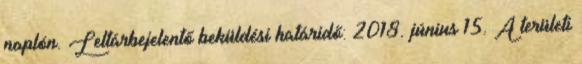
naplón. Leltárbejelentő beküldési határidő: 2018. június 15. A területi